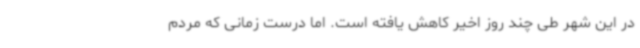
در این شهر طی چند روز اخیر کاهش یافته است. اما درست زمانی که مردم